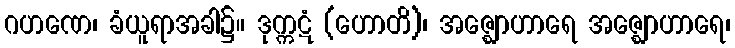
ဂဟဏေ၊ ခံယူရာအခါ၌။ ဒုက္ကဋံ (ဟောတိ)၊ အဇ္ဈောဟာရေ အဇ္ဈောဟာရေ၊